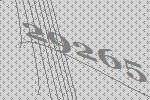
29265